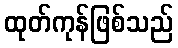
ထုတ်ကုန်ဖြစ်သည်